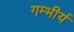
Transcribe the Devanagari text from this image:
गम्भीर्य